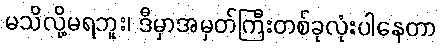
မသိလို့မရဘူး၊ ဒီမှာအမှတ်ကြီးတစ်ခုလုံးပါနေတာ